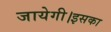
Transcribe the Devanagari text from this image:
जायेगी।इसका